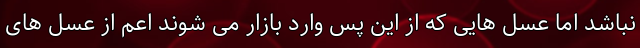
نباشد اما عسل هایی که از این پس وارد بازار می شوند اعم از عسل های